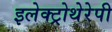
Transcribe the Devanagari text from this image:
इलेक्ट्रोथेरेपी